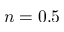
n = 0 . 5